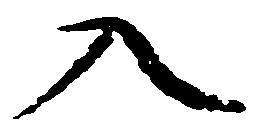
入